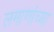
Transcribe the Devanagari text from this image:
लमाणांच्या